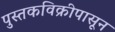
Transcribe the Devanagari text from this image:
पुस्तकविक्रीपासून